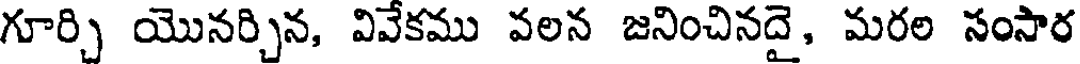
గూర్చి యొనర్చిన, వివేకము వలన జనించినదై, మరల సంసార